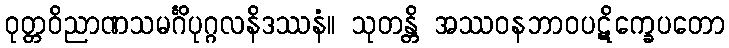
ဝုတ္တဝိညာဏသမင်္ဂိပုဂ္ဂလနိဒဿနံ။ သုတန္တိ အဿဝနဘာဝပဋိက္ခေပတော